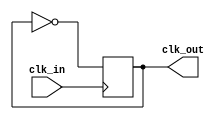


`timescale 10ns/1ps

module div_by_2(
	input clk_in,
	output reg clk_out
	);
	
	initial 
	begin
		clk_out = 1; 
	end
	always @(posedge clk_in) begin
		clk_out <= ~clk_out;
	end
endmodule